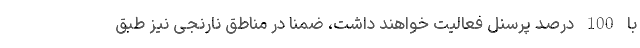
با 100 درصد پرسنل فعالیت خواهند داشت، ضمناً در مناطق نارنجی نیز طبق